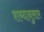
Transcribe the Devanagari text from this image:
शब्दानुसार